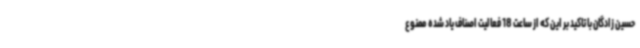
حسین زادگان با تاکید بر این که از ساعت 18 فعالیت اصناف یاد شده ممنوع